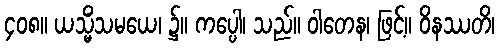
၄၀၈။ ယသ္မိံသမယေ၊ ၌။ ကပ္ပေါ၊ သည်။ ဝါတေန၊ ဖြင့်။ ဝိနဿတိ၊